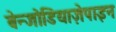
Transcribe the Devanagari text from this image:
बेन्जोडियाज़ेपाइन